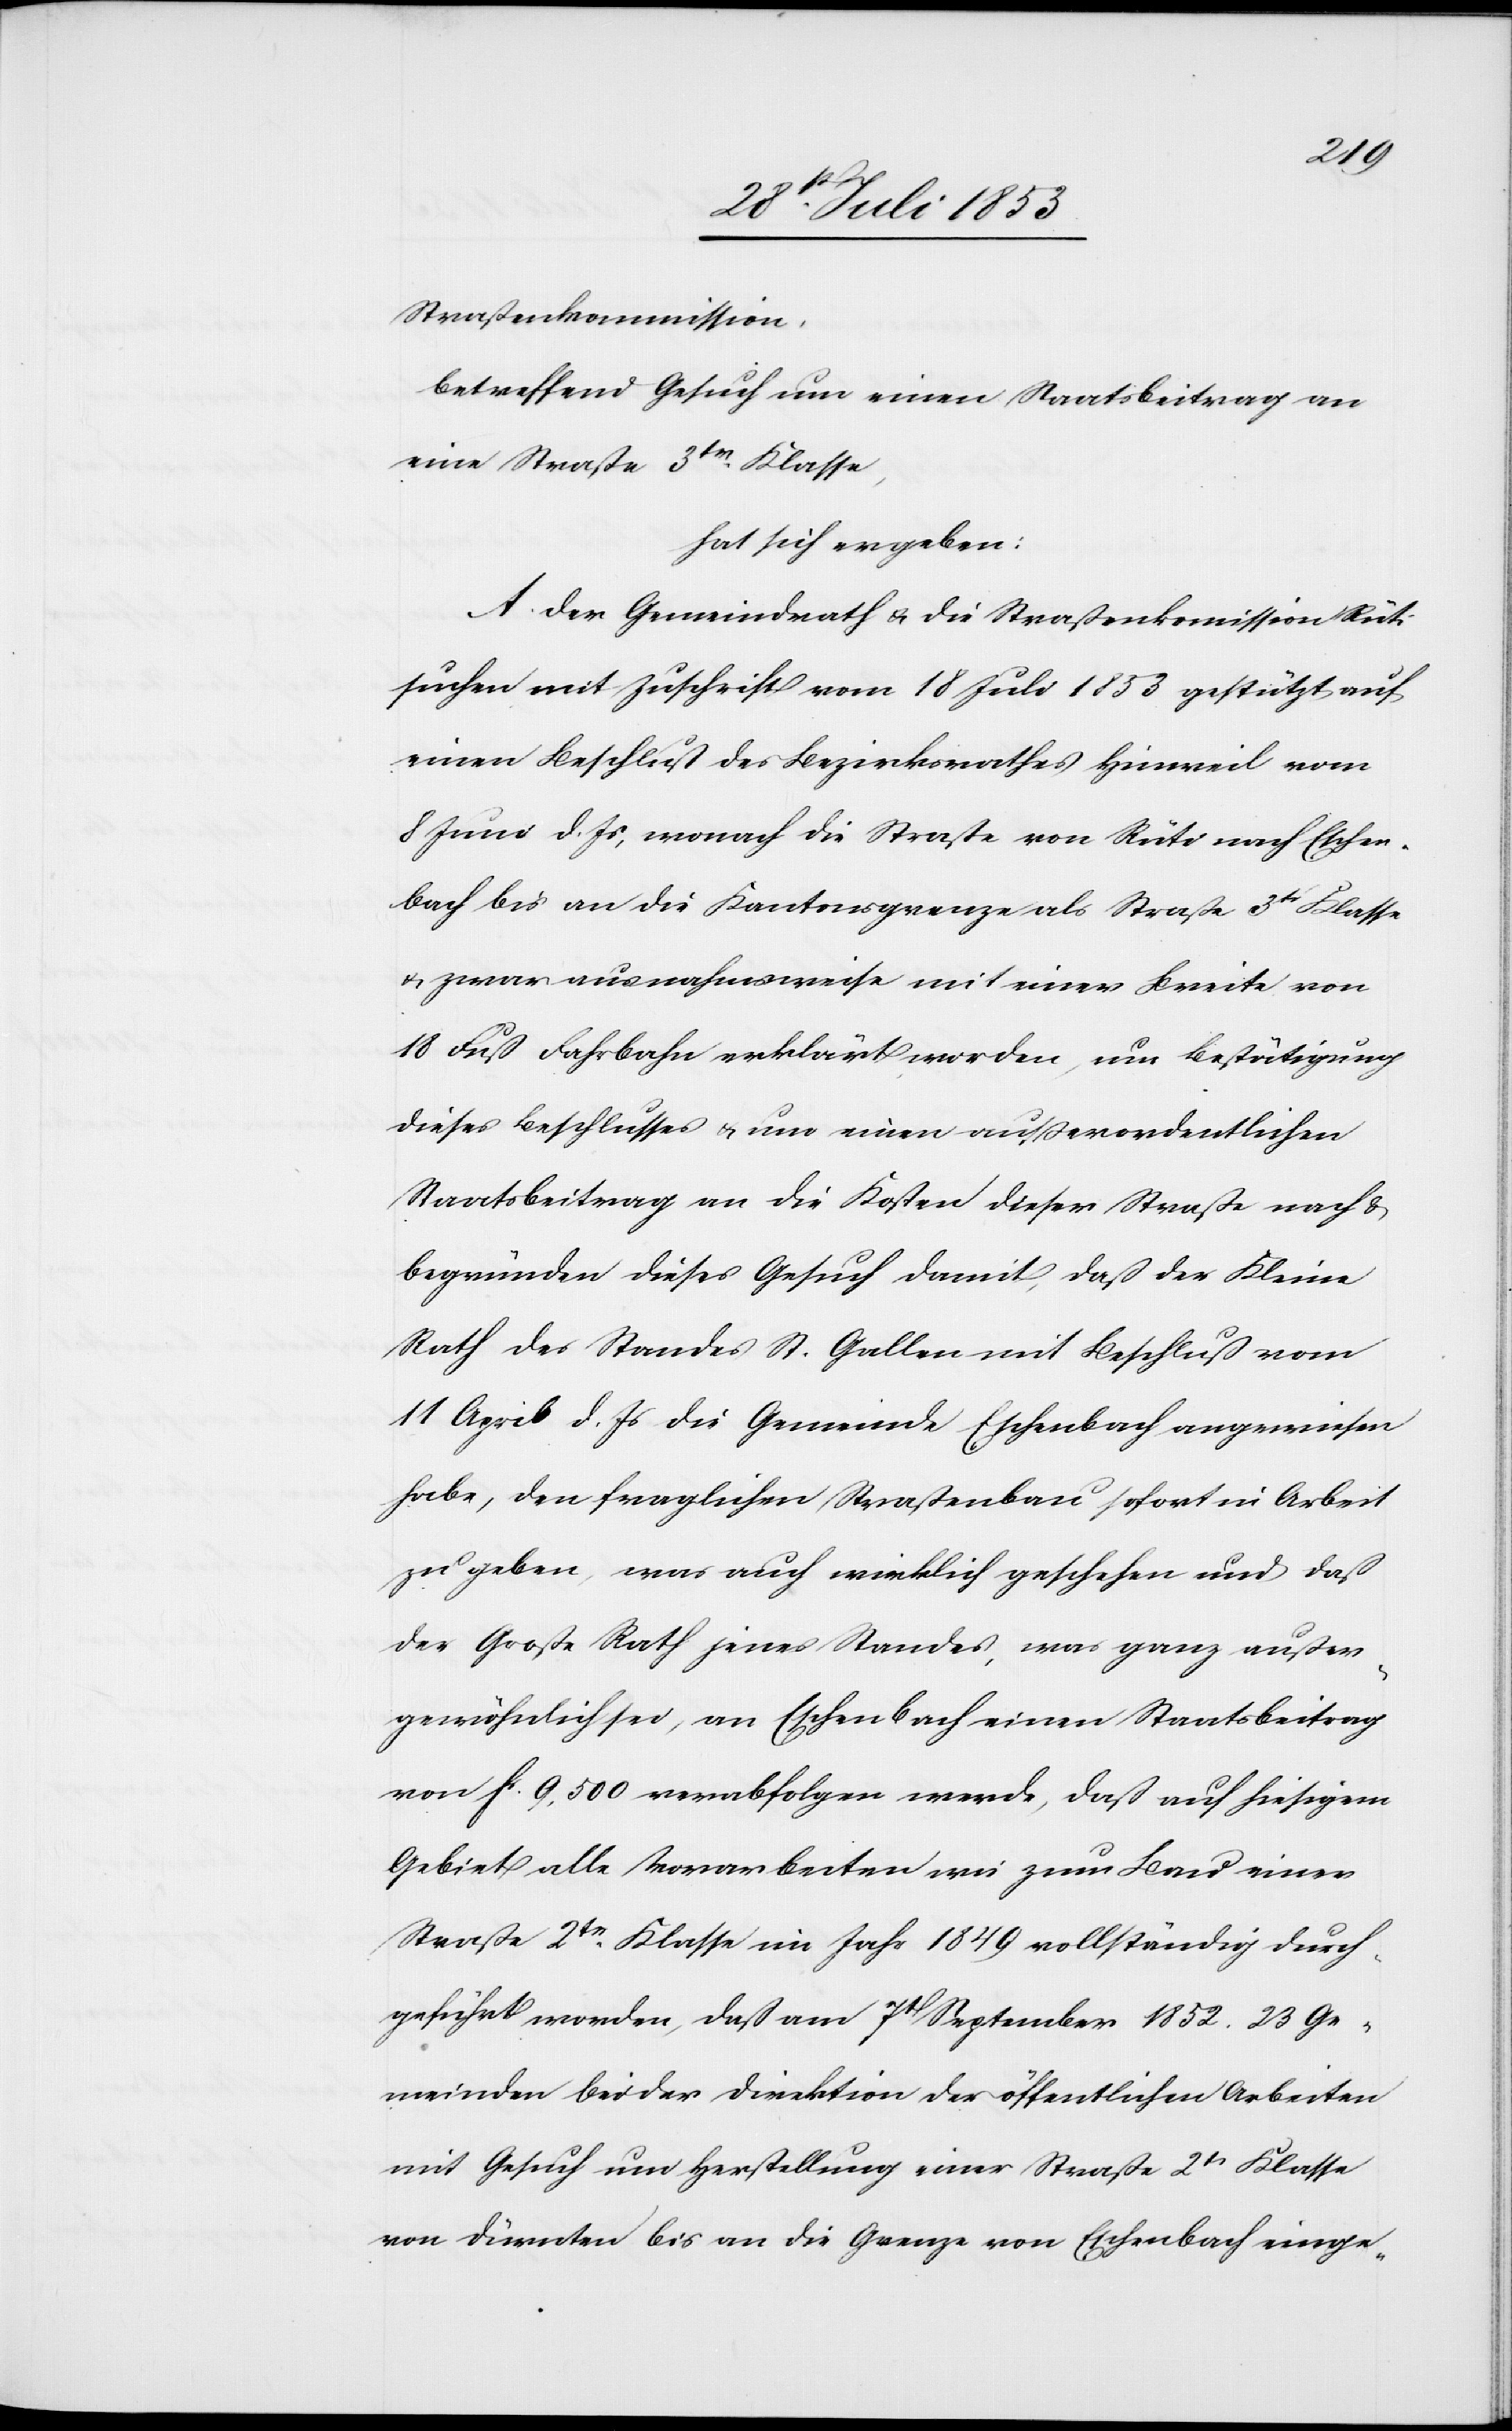
mit
Strassenkommission.
betreffend Gesuch um einen Staatsbeitrag an
eine Straße 3tr Klasse.
hat sich ergeben:
A. Der Gemeindrath u. die Straßenkommission Rüti
suchen mit Zuschrift vom 18 Juli 1853 gestützt auf
einen Beschluß des Bezirksrathes Hinweil vom
8 Juni d. Js., wonach die Straße von Rüti nach Eschen¬
bach bis an die Kantonsgrenze als Straße 3tr Klasse
u. zwar ausnahmsweise mit einer Breite von
18 Fuß Fahrhabe erklärt worden, um Bestätigung
dieses Beschlusses u. um einen außerordentlichen
Staatsbeitrag an die Kosten dieser Straße nach u.
begründen dieses Gesuch damit, daß der Kleine
11 April d. Js. die Gemeinde Eschenbach angewiesen
habe, den fraglichen Straßenbau sofort in Arbeit
zu geben, was auch wirklich geschehen und daß
der Große Rath jenes Standes, was ganz außer¬
gewöhnlich sei, an Eschenbach einen Staatsbeitrag
von fc 9,500 verabfolgen werde, daß auf hiesigem
Gebiet alle Vorarbeiten wie zum Bau einer
Straße 2tr Klasse im Jahr 1849 vollständig durch¬
geführt worden, daß am 7t September 1852 23 Ge¬
meinden bei der Direktion der öffentlichen Arbeiten
mit Gesuch um Herstellung einer Straße 2tr Klasse
von Dürnten bis an die Grenze von Eschenbach einge-